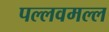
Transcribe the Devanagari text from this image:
पल्लवमल्ल